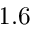
1 . 6